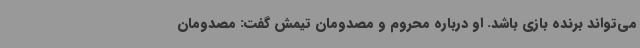
می‌تواند برنده بازی باشد. او درباره محروم و مصدومان تیمش گفت: مصدومان